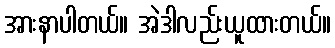
အားနာပါတယ်။ အဲဒါလည်းယူထားတယ်။